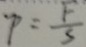
P = \frac { F } { S }